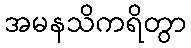
အမနသိကရိတွာ